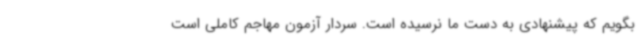
بگویم که پیشنهادی به دست ما نرسیده است. سردار آزمون مهاجم کاملی است